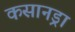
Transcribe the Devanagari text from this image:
कसानड्रा